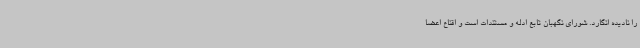
را نادیده انگارد. شورای نگهبان تابع ادله و مستندات است و اقناع اعضا